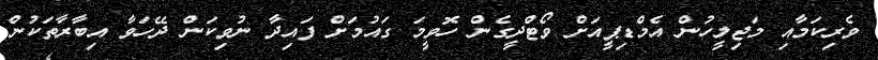
ވެރިކަމާއި މަޖިލީހުން އެމްޑިޕީއަށް ވޯޓްދީގެން ހޮވީމަ ގައުމަށް ފައިދާ ނުވިކަން ދޭހަވާ އިބާރާތަކުން